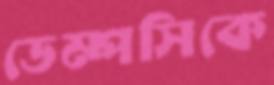
ডেম্পসিকে